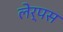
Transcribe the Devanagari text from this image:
लेर्पस